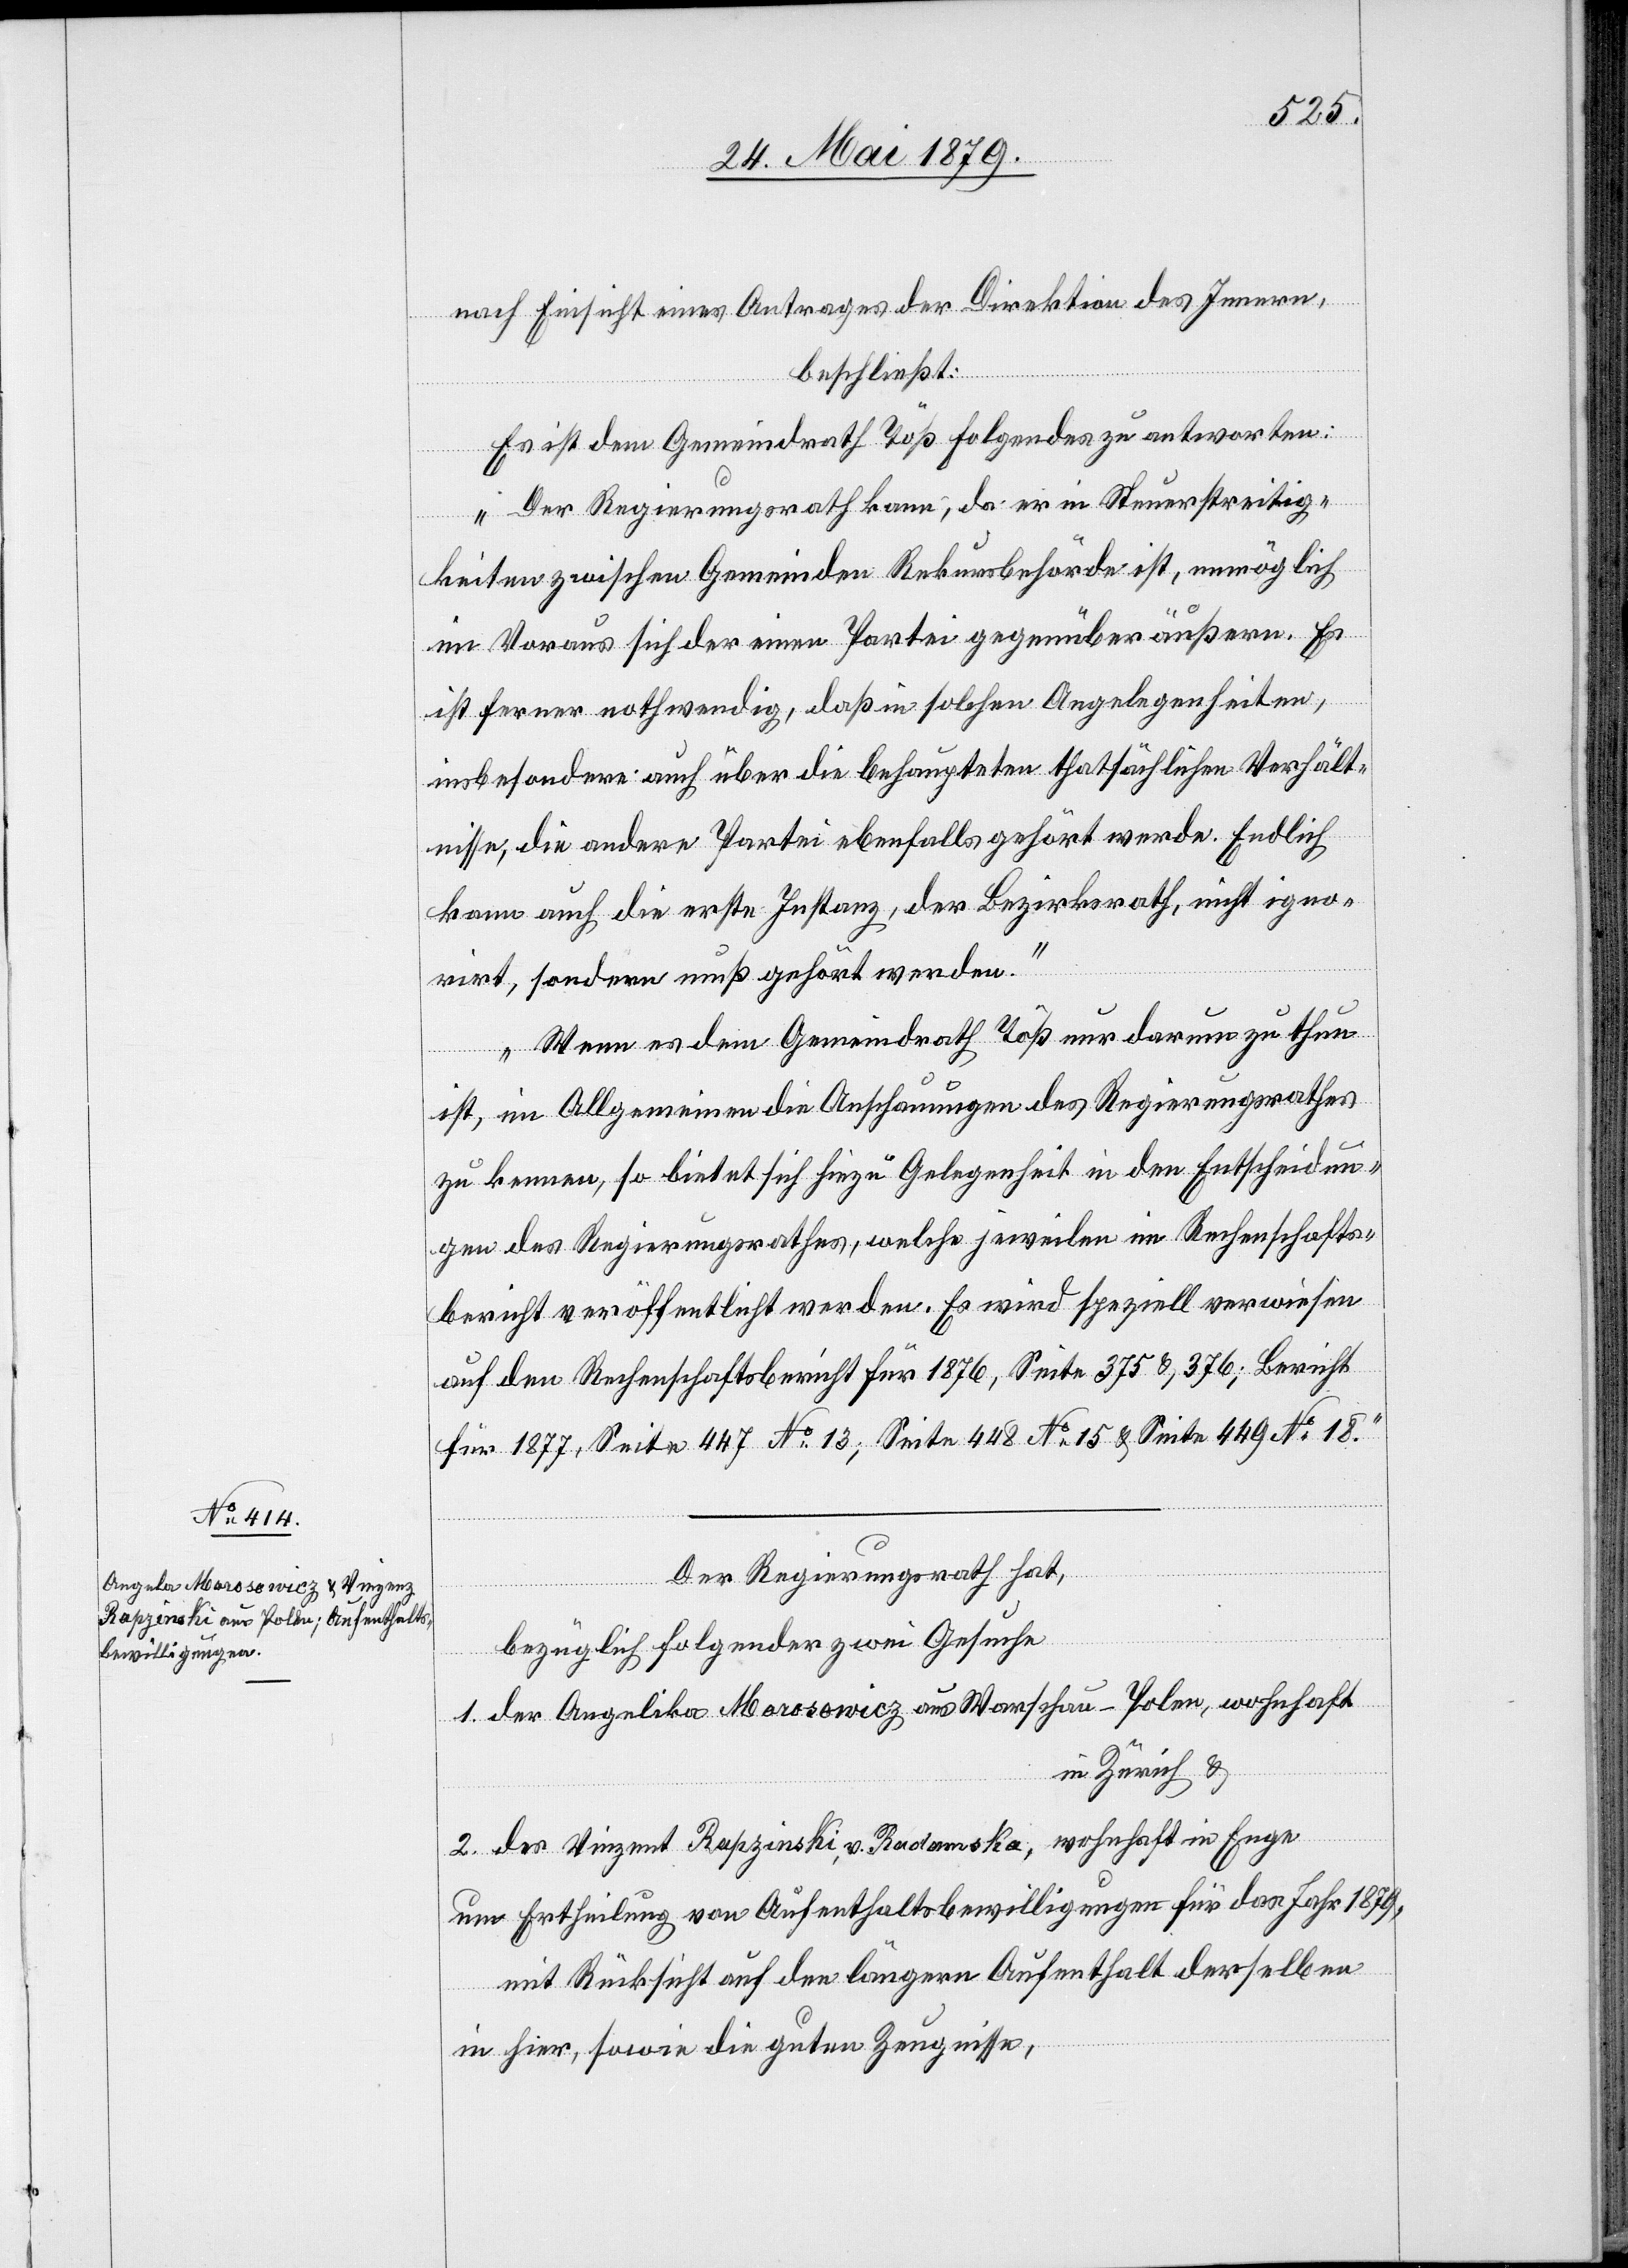
nach Einsicht eines Antrages der Direktion des Innern,
beschließt:
Es ist dem Gemeindrath Töß Folgendes zu antworten:
„Der Regierungsrath kann, da er in Steuerstreitig¬
keiten zwischen den Gemeinden Rekursbehörde ist, unmöglich
im Voraus sich der einen Partei gegenüber äußern. Es
ist ferner nothwendig, daß in solchen Angelegenheiten,
insbesondere auch über die behaupteten thatsächlichen Verhält¬
nisse, die andere Partei ebenfalls gehört werde. Endlich
kann auch die erste Instanz, der Bezirksrath, nicht igno¬
rirt, sondern muß gehört werden.“
„Wenn es dem Gemeindrath Töß nur darum zu thun
ist, im Allgemeinen die Anschauungen des Regierungsrathes
zu kennen, so bietet sich hiezu Gelegenheit in den Entscheidun¬
gen des Regierungsrathes, welche jeweilen im Rechenschafts¬
bericht veröffentlicht werden. Es wird speziell verwiesen
auf den Rechenschaftsbericht für 1876, Seite 375 & 376; Bericht
für 1877, Seite 447 No 13; Seite 448 No 15 & Seite 499 No 18.“
Der Regierungsrath hat,
bezüglich folgender zwei Gesuche
1. der Angelika Morosowicz aus Warschau - Polen, wohnhaft
in Zürich &
2. des Vinzent Rapzinski, v. Radamska, wohnhaft in Enge
um Ertheilung von Aufenthaltsbewilligungen für das Jahr 1879,
mit Rücksicht auf den längern Aufenthalt derselben
in hier, sowie die guten Zeugnisse,